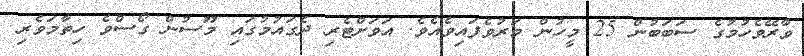
ވާރޭވެހުމުގެ ސަބަބުން 25 މީހުން މަރުވެފައިވެއެވެ. އަވަށްޓެރި ދެގައުމުގައި މޫސުން ގޯސްވެ ހިތާމަވެރި